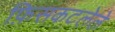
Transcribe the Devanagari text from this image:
फ़िसकटलेले